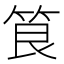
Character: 𮅐